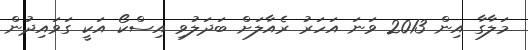
މަލާގާ އިން 2013 ވަނަ އަހަރު ރެއާލަށް ބަދަލުވި އިސްކޯ އަކީ ގަވައިދުން